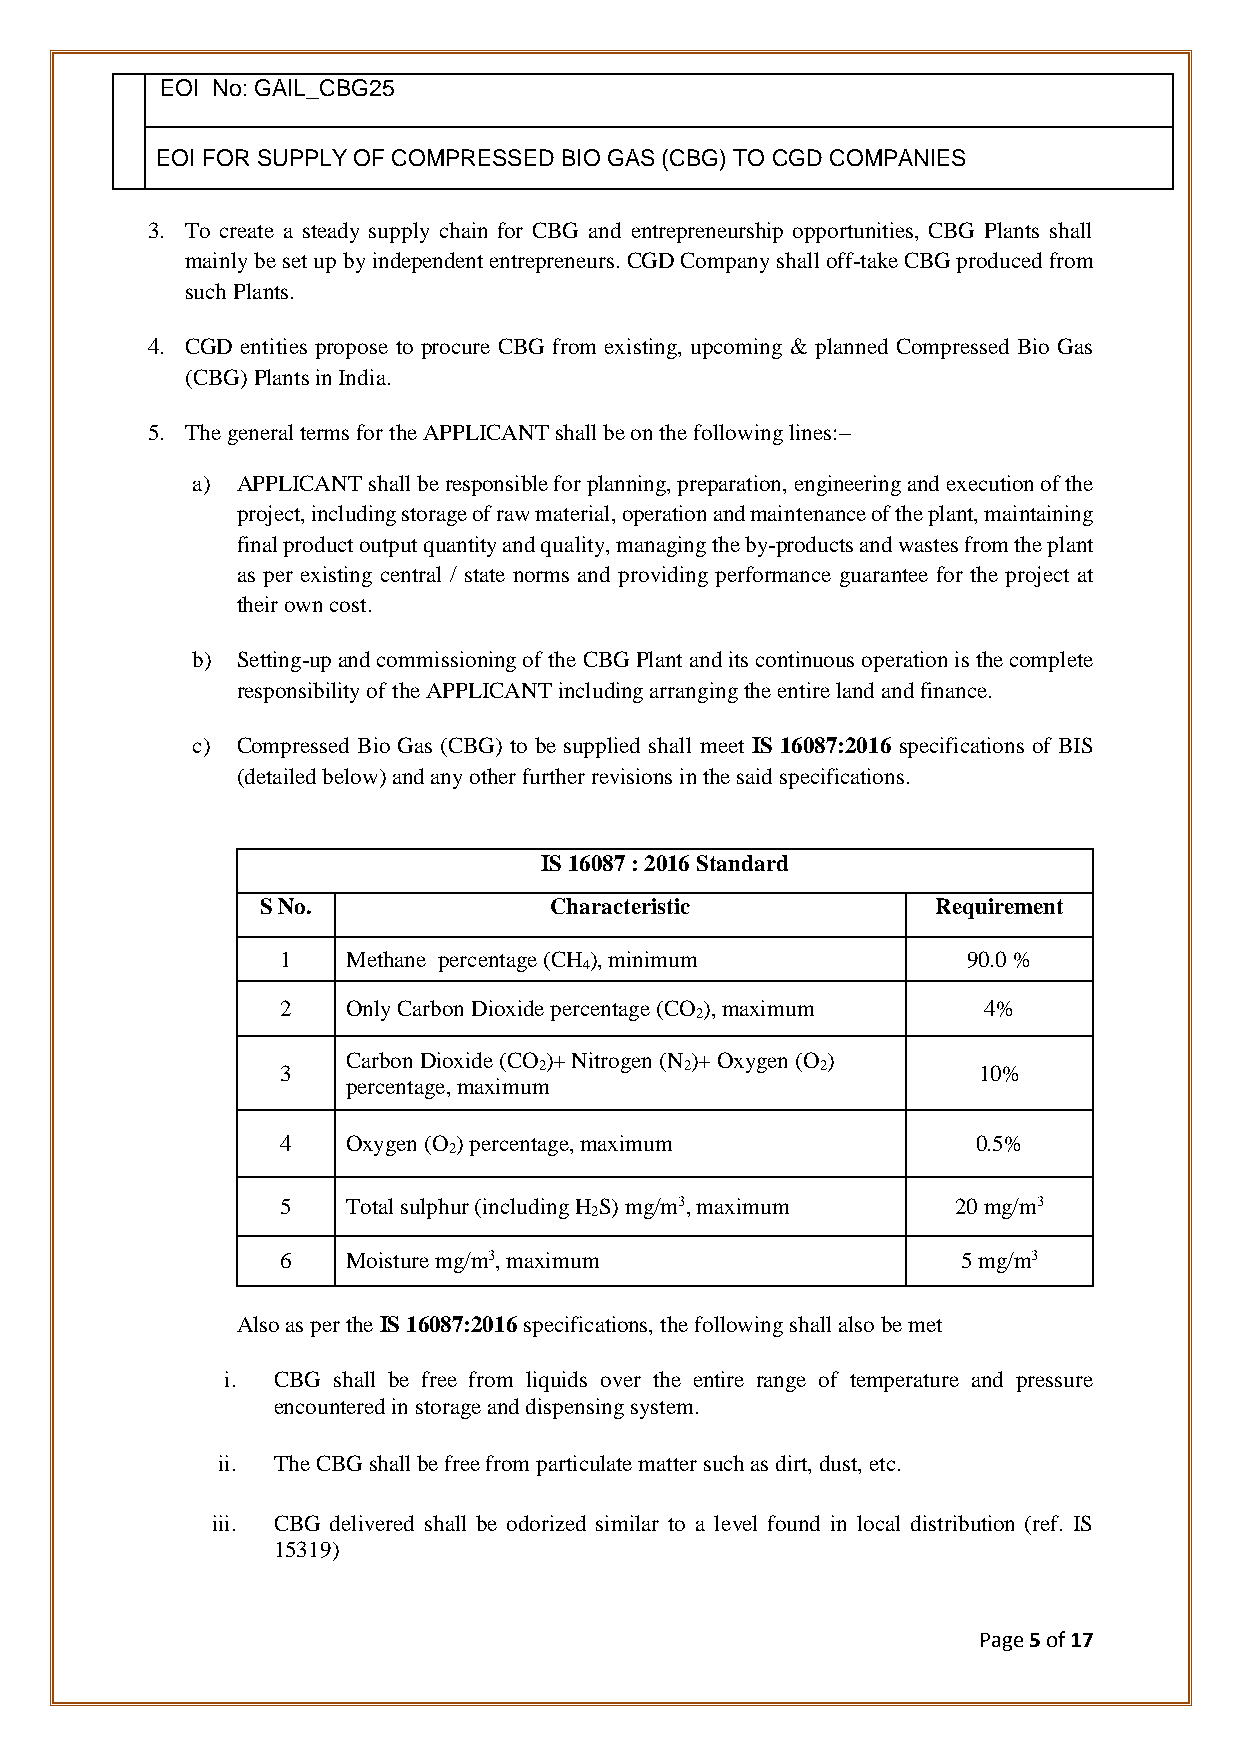
EOI No: GAIL_CBG25
 EOI FOR SUPPLY OF COMPRESSED BIO GAS (CBG) TO CGD COMPANIES
 3. To create a steady supply chain for CBG and entrepreneurship opportunities, CBG Plants shall
 mainly be set up by independent entrepreneurs. CGD Company shall off-take CBG produced from
 such Plants.
 4. CGD entities propose to procure CBG from existing, upcoming & planned Compressed Bio Gas
 (CBG) Plants in India.
 5. The general terms for the APPLICANT shall be on the following lines:–
 a) APPLICANT shall be responsible for planning, preparation, engineering and execution of the
 project, including storage of raw material, operation and maintenance of the plant, maintaining
 final product output quantity and quality, managing the by-products and wastes from the plant
 as per existing central / state norms and providing performance guarantee for the project at
 their own cost.
 b) Setting-up and commissioning of the CBG Plant and its continuous operation is the complete
 responsibility of the APPLICANT including arranging the entire land and finance.
 c) Compressed Bio Gas (CBG) to be supplied shall meet IS 16087:2016 specifications of BIS
 (detailed below) and any other further revisions in the said specifications.
 IS 16087 : 2016 Standard
 S No.              Characteristic            Requirement
 1   Methane percentage (CH ), minimum        90.0 %
 4
 2   Only Carbon Dioxide percentage (CO ), maximum 4%
 2
 Carbon Dioxide (CO )+ Nitrogen (N )+ Oxygen (O )
 3                2        2        2          10%
 percentage, maximum
 4   Oxygen (O ) percentage, maximum           0.5%
 2
 5   Total sulphur (including H S) mg/m3, maximum 20 mg/m3
 2
 6   Moisture mg/m3, maximum                  5 mg/m3
 Also as per the IS 16087:2016 specifications, the following shall also be met
 i. CBG shall be free from liquids over the entire range of temperature and pressure
 encountered in storage and dispensing system.
 ii. The CBG shall be free from particulate matter such as dirt, dust, etc.
 iii. CBG delivered shall be odorized similar to a level found in local distribution (ref. IS
 15319)
 Page 5 of 17